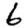
Digit: 6